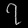
Digit: ၇